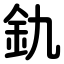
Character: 釚